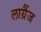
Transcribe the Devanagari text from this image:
लाग्रैंज